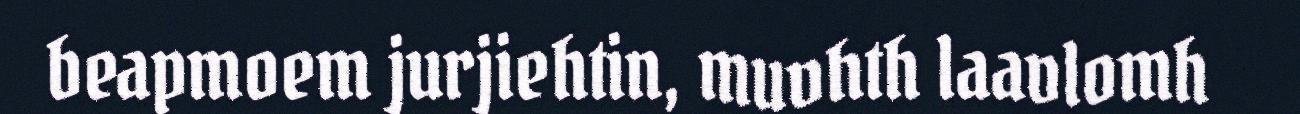
beapmoem jurjiehtin, muvhth laavlomh